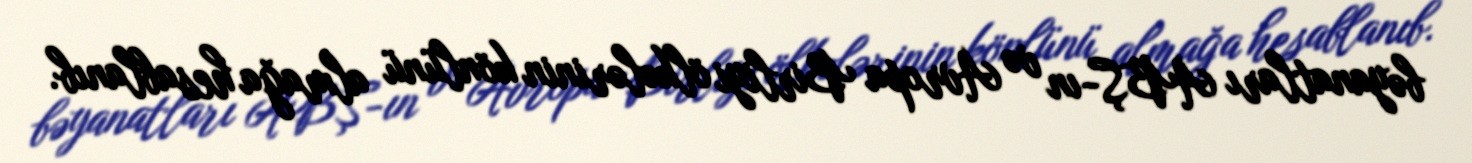
bəyanatları ABŞ-ın və Avropa Birliyi ölkələrinin könlünü almağa hesablanıb.